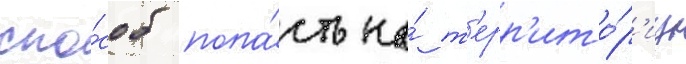
спо́соб попа́сть на́ т'ерр'ито́р'иу